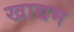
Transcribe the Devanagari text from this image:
खाद्यम